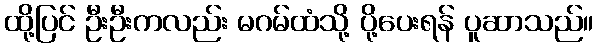
ထို့ပြင် ဦးဦးကလည်း မဂမ်ထံသို့ ပို့ပေးရန် ပူဆာသည်။